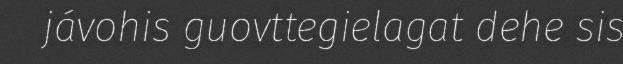
jávohis guovttegielagat dehe sis